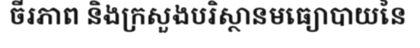
ចីរភាព និងក្រសួងបរិស្ថានមធ្យោបាយនៃ